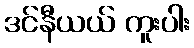
ဒင်နီယယ် ကူးပါး